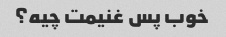
خوب پس غنیمت چیه؟